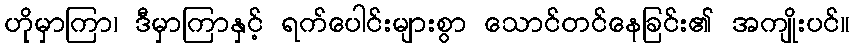
ဟိုမှာကြာ၊ ဒီမှာကြာနှင့် ရက်ပေါင်းများစွာ သောင်တင်နေခြင်း၏ အကျိုးပင်။